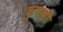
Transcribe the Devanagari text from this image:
कुसाड़ी